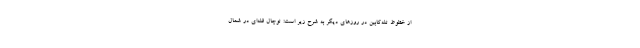
از خطوط تله‌کابین در روزهای دیگر به شرح زیر است: توچال قله‌ای در شمال